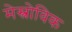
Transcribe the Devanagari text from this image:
मेस्त्रोविक